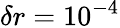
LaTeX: \delta r=10^{-4}